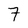
Character: 7